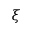
\xi